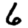
Digit: 6